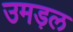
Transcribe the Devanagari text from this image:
उमड़ल